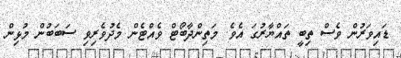
ޑައިވަރުން ވެސް ތިބީ ތައްޔާރުގަ އެވެ. މަތިންދާބޯޓް ވެއްޓެން މެދުވެރިވި ސަބަބުން މުޅިން